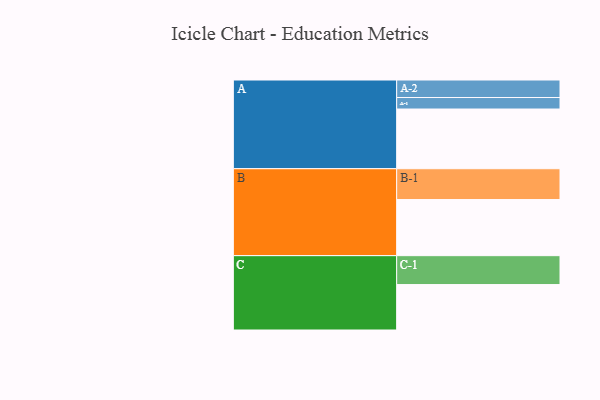
{"axis": {"x": "Segment", "y": "Value"}, "legend": ["", "A", "B", "C"], "data": [{"x": "A", "y": 535, "type": ""}, {"x": "B", "y": 503, "type": ""}, {"x": "C", "y": 407, "type": ""}, {"x": "A-1", "y": 103, "type": "A"}, {"x": "A-2", "y": 157, "type": "A"}, {"x": "B-1", "y": 276, "type": "B"}, {"x": "C-1", "y": 259, "type": "C"}]}